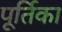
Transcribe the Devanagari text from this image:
पूर्तिका